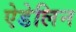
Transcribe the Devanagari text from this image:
ऐडेलिन